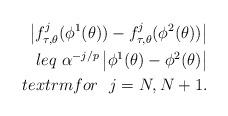
LaTeX: \begin{align*}\left|f_{\tau,\theta}^j(\phi^1(\theta))-f_{\tau,\theta}^j(\phi^2(\theta))\right|\\leq\ \alpha^{-j/p}\left|\phi^1(\theta)-\phi^2(\theta)\right|\\textrm{for}\ \ j=N,N+1.\end{align*}